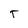
Character: T